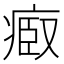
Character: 𤷌